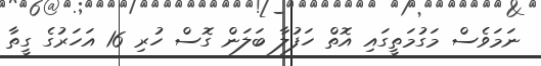
ނަމަވެސް މަގުމަތީގައި އޮތް ހަފުލާ ބަލަން ގޮސް ހުރި 16 އަހަރުގެ ގީތާ